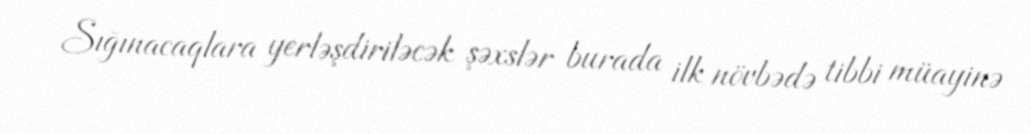
Sığınacaqlara yerləşdiriləcək şəxslər burada ilk növbədə tibbi müayinə